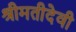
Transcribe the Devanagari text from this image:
श्रीमतीदेवी